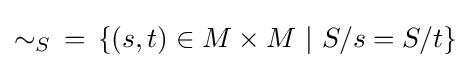
\sim _{S}\;\,=\,\{(s,t)\in M\times M\ \vert \ S/s=S/t\}